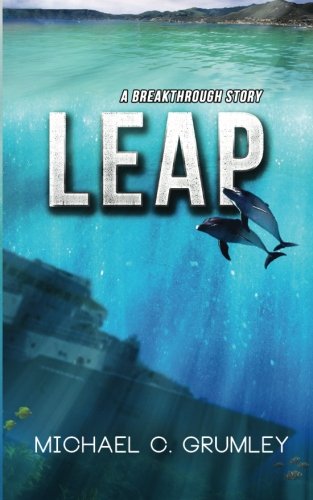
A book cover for Leap; Michael C. Grumley; Mystery, Thriller & Suspense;